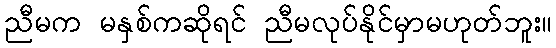
ညီမက မနှစ်ကဆိုရင် ညီမလုပ်နိုင်မှာမဟုတ်ဘူး။